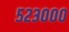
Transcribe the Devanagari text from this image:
५२३०००